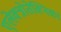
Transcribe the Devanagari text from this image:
एलेक्त्रोतेक्निका